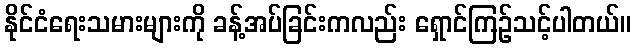
နိုင်ငံရေးသမားများကို ခန့်အပ်ခြင်းကလည်း ရှောင်ကြဉ်သင့်ပါတယ်။